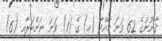
ޤާނޫނުގެ 62 ވަނަ މާއްދާ (ހ) ގެ (1) ވަނަ ނަންބަރާއި (6)